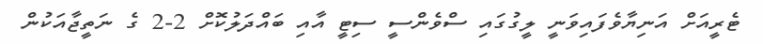
ޓެރީއަށް އަނިޔާވެފައިވަނީ ލީގުގައި ސްވެންސީ ސިޓީ އާއި ބައްދަލުކޮށް 2-2 ގެ ނަތީޖާއަކުން